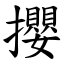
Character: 攖